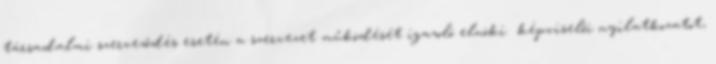
társadalmi szerveződés esetén a szervezet működését igazoló elnöki képviselői nyilatkozatot,